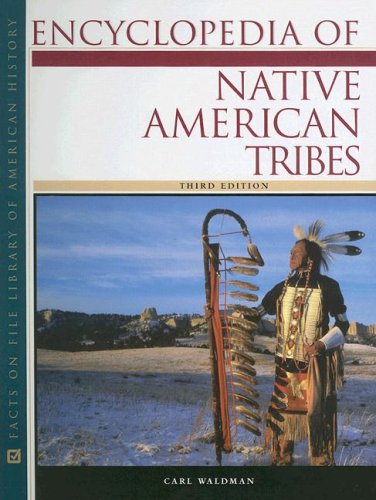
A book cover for Encyclopedia of Native American Tribes (Facts on File Library of American History); Carl Waldman; Reference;